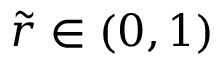
\tilde { r } \in ( 0 , 1 )